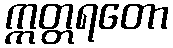
ဣတ္တရတော